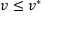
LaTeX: v \leq v ^ { * }